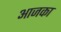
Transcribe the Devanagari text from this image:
आजका